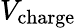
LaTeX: V_{\mathrm{charge}}